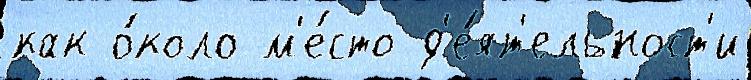
как о́коло м'е́сто д'е́ят'ельност'и